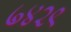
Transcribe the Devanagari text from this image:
७४२९